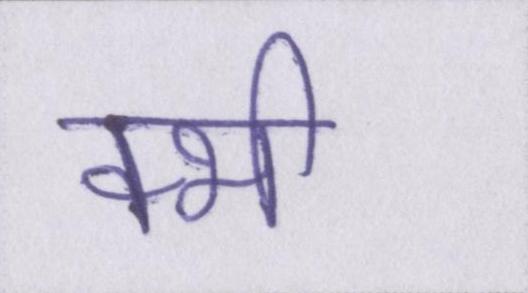
क्भी